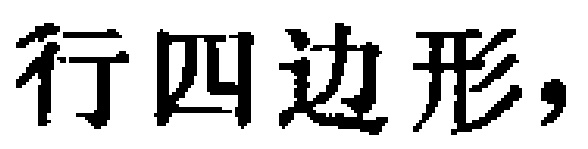
行四边形，